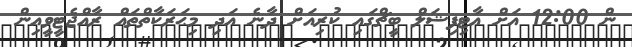
ން 12:00 އަށް އާޓިފިޝަލް ބީޗްގައި ކުރިއަށް ދާނެ އަދި މިޙަރަކާތްތައް ރާއްޖެޓީވީއިން